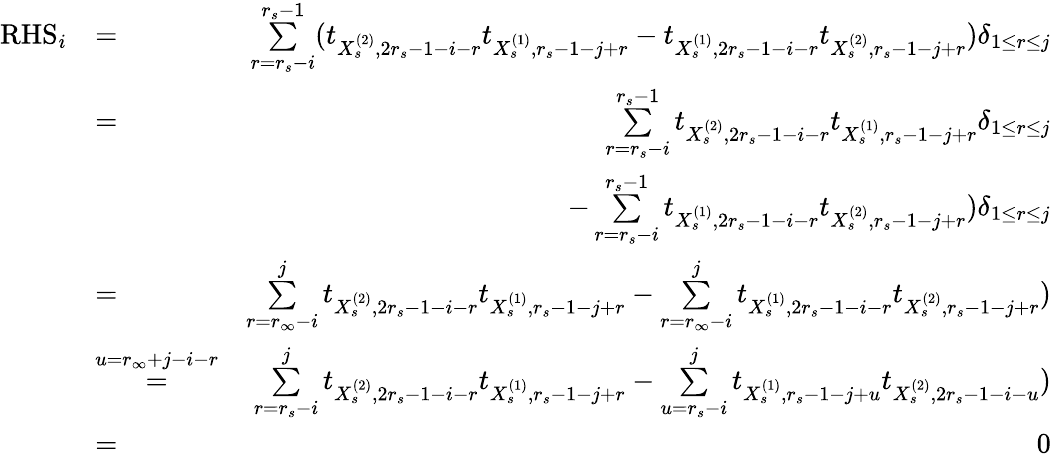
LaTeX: \begin{array}{rlr}{\mathrm{RHS}_{i}}&{=}&{\underset{r=r_{s}-i}{\overset{r_{s}-1}{\sum}}(t_{X_{s}^{(2)},2r_{s}-1-i-r}t_{X_{s}^{(1)},r_{s}-1-j+r}-t_{X_{s}^{(1)},2r_{s}-1-i-r}t_{X_{s}^{(2)},r_{s}-1-j+r})\delta_{1\leq r\leq j}}\\ &{=}&{\underset{r=r_{s}-i}{\overset{r_{s}-1}{\sum}}t_{X_{s}^{(2)},2r_{s}-1-i-r}t_{X_{s}^{(1)},r_{s}-1-j+r}\delta_{1\leq r\leq j}}\\ &{}&{-\underset{r=r_{s}-i}{\overset{r_{s}-1}{\sum}}t_{X_{s}^{(1)},2r_{s}-1-i-r}t_{X_{s}^{(2)},r_{s}-1-j+r})\delta_{1\leq r\leq j}}\\ &{=}&{\underset{r=r_{\infty}-i}{\overset{j}{\sum}}t_{X_{s}^{(2)},2r_{s}-1-i-r}t_{X_{s}^{(1)},r_{s}-1-j+r}-\underset{r=r_{\infty}-i}{\overset{j}{\sum}}t_{X_{s}^{(1)},2r_{s}-1-i-r}t_{X_{s}^{(2)},r_{s}-1-j+r})}\\ &{\overset{u=r_{\infty}+j-i-r}{=}}&{\underset{r=r_{s}-i}{\overset{j}{\sum}}t_{X_{s}^{(2)},2r_{s}-1-i-r}t_{X_{s}^{(1)},r_{s}-1-j+r}-\underset{u=r_{s}-i}{\overset{j}{\sum}}t_{X_{s}^{(1)},r_{s}-1-j+u}t_{X_{s}^{(2)},2r_{s}-1-i-u})}\\ &{=}&{0}\end{array}